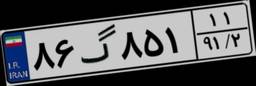
۲۸گ۶۷۹۷۴